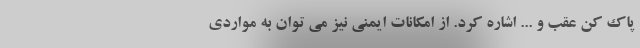
پاک کن عقب و ... اشاره کرد. از امکانات ایمنی نیز می توان به مواردی